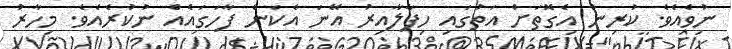
ނުވެއެވެ. ކުރިން އެގޮތަށް އަތުގައި ހިފާލާއިރު އޭނަ އެކަން ފާހަގައެއް ނުކުރެއެވެ. މިހާރު